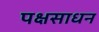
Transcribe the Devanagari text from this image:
पक्षसाधन